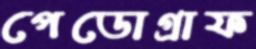
পেডোগ্রাফ